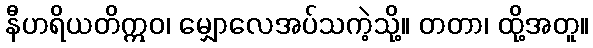
နီဟရိယတိဣဝ၊ မျှောလေအပ်သကဲ့သို့။ တတာ၊ ထို့အတူ။